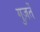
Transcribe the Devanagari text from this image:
गुज़र्ते